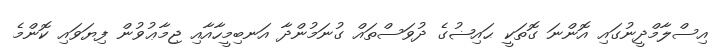
އިސްލާމްދީނުގައި އޮންނަ ގޮތަކީ ޙައިޟުގެ ދުވަސްތައް ގުނަމުންދާ އަނބިމީހާއާއި ޖިމާޢުވުން ފިޔަވައި ކޮންމެ